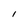
Character: l